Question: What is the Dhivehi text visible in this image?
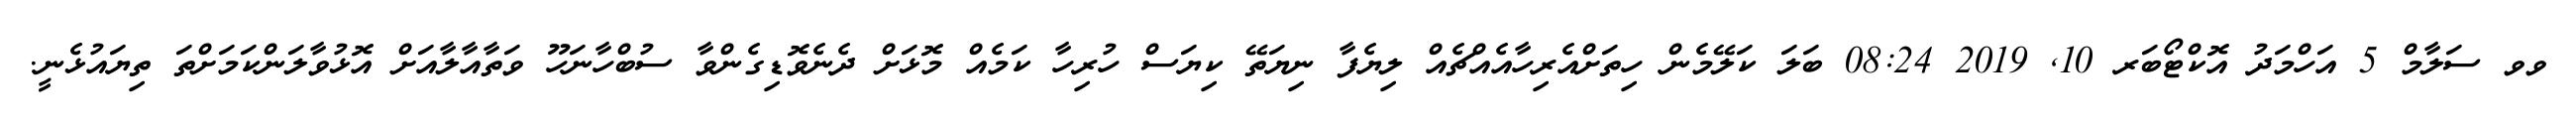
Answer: ވވ ސަލާމް 5 އަހްމަދު އޮކްޓޯބަރ 10, 2019 08:24 ބަލަ ކަލޭމެން ހިތަށްއެރިހާއެއްޗެއް ލިޔެފާ ނިޔަތޭ ކިޔަސް ހުރިހާ ކަމެއް މޮޅަށް ދެނެވޮޑިގެންވާ ސުބްހާނަހޫ ވަތާއާލާއަށް އޮޅުވާލަންކަމަށްތަ ތިޔައުޅެނީ.